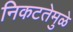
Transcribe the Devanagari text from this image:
निकटतेमुळे